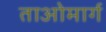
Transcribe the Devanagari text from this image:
ताओमार्ग